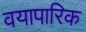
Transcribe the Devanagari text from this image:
वयापारिक